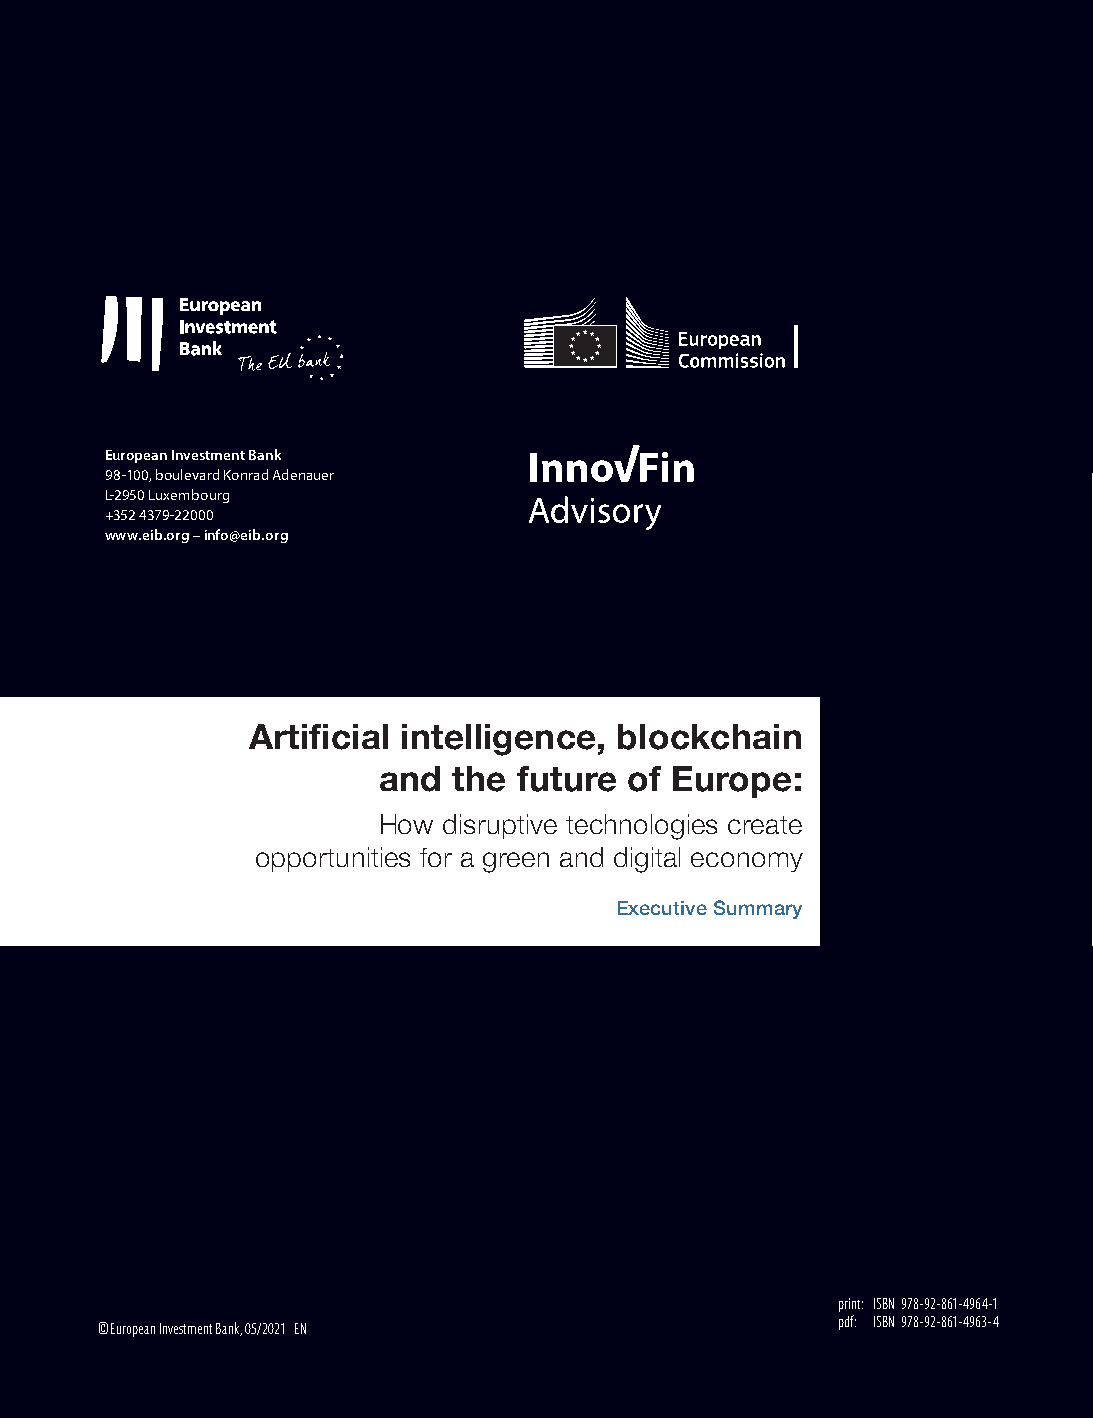
European Investment Bank
 98 -100, boulevard Konrad Adenauer
 L-2950 Luxembourg
 +352 4379-22000
 www.eib.org – info@eib.org
 Artificial intelligence, blockchain
 and  the future  of Europe:
 How disruptive technologies create
 opportunities for a green and digital economy
 Executive Summary
 print: ISBN978-92-861-4964-1
 © European Investment Bank, 05/2021 EN           pdf: ISBN978-92-861-4963-4